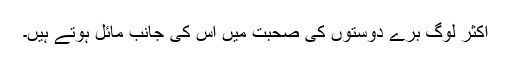
اکثر لوگ برے دوستوں کی صحبت میں اس کی جانب مائل ہوتے ہیں۔